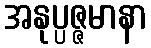
အနုပ္ပဇ္ဇမာနာ